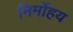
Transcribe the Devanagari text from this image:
निर्मोहय